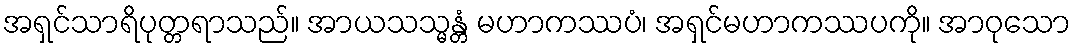
အရှင်သာရိပုတ္တရာသည်။ အာယသသ္မန္တံ မဟာကဿပံ၊ အရှင်မဟာကဿပကို။ အာဝုသော